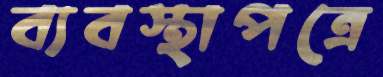
ব্যবস্থাপত্রে